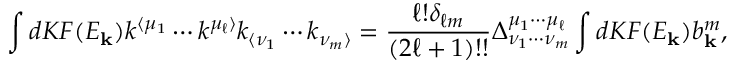
\int d K F ( E _ { \mathbf { k } } ) k ^ { \langle \mu _ { 1 } } \cdots k ^ { \mu _ { \ell } \rangle } k _ { \langle \nu _ { 1 } } \cdots k _ { \nu _ { m } \rangle } = \frac { \ell ! \delta _ { \ell m } } { ( 2 \ell + 1 ) ! ! } \Delta _ { \nu _ { 1 } \cdots \nu _ { m } } ^ { \mu _ { 1 } \cdots \mu _ { \ell } } \int d K F ( E _ { \mathbf { k } } ) b _ { \mathbf { k } } ^ { m } ,